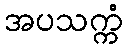
အပသက္ကံ